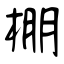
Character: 棚